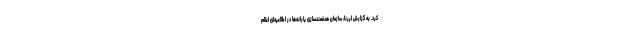
کرد. به گزارش ایرنا،‌ سازمان هدفمندسازی یارانه‌ها در اطلاعیه‌ای اعلام